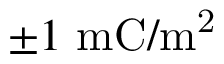
\pm 1 ~ \mathrm { m C / m ^ { 2 } }